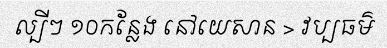
ល្បីៗ ១០កន្លែង នៅយេសាន > វប្បធម៌